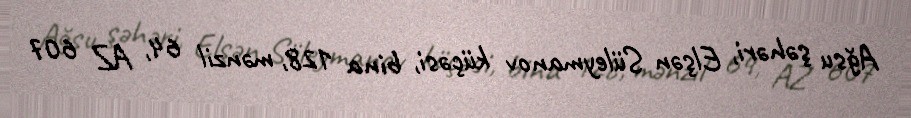
Ağsu şəhəri, Elşən Süleymanov küçəsi, bina 128, mənzil 64, AZ 607